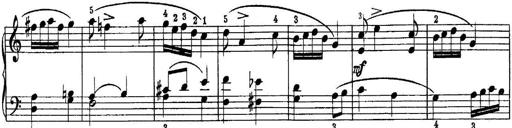
Title: Piano Sonatina No.1 in C major
Composer: Tadeusz Joteyko
Key: C major